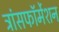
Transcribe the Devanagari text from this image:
ट्रांसफॉर्मेशन